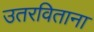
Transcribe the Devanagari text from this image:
उतरविताना